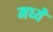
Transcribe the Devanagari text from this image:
मध्येे